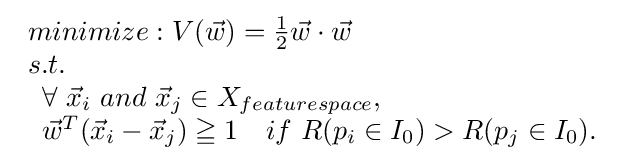
{\begin{array}{lcl}minimize:V({\vec {w}})={1 \over 2}{\vec {w}}\cdot {\vec {w}}\\s.t.\\{\begin{array}{lcl}\forall \ {\vec {x}}_{i}\ and\ {\vec {x}}_{j}\in X_{featurespace},\\{\vec {w}}^{T}({\vec {x}}_{i}-{\vec {x}}_{j})\geqq 1\quad if\ R(p_{i}\in I_{0})>R(p_{j}\in I_{0}).\end{array}}\end{array}}